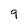
Character: q